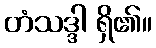
တံသဒ္ဒါ ရှိ၏။